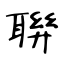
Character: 聨